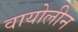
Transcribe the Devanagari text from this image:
वायोलीन